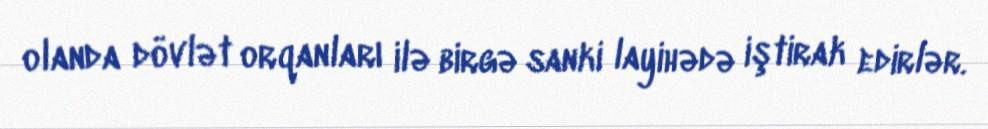
olanda dövlət orqanları ilə birgə sanki layihədə iştirak edirlər.